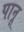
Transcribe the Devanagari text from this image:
पानू